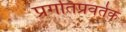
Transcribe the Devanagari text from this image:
प्रगतिप्रवर्तक